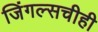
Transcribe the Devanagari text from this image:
जिंगल्सचीही